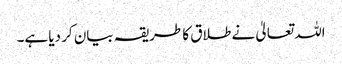
اللہ تعالیٰ نے طلاق کا طریقہ بیان کر دیا ہے۔